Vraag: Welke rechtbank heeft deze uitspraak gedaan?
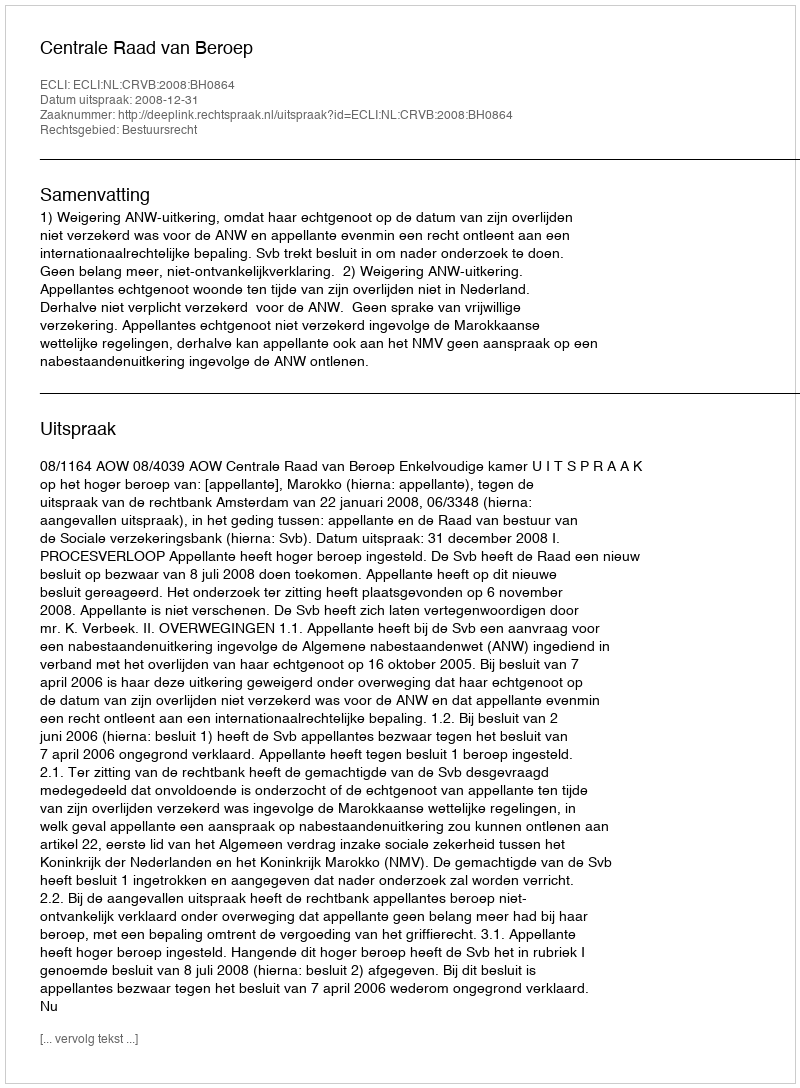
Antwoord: Centrale Raad van Beroep